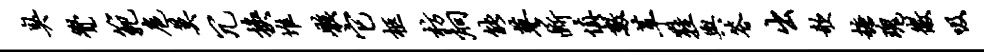
臭觉范扈莫冗换堆骸它柩枋炯能蓼断慎数革鞋舆答出欹糖瑰徽吸